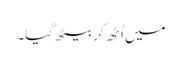
میں اُٹھ کر بیٹھ گیا۔